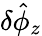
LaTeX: \delta\hat{\phi}_{z}